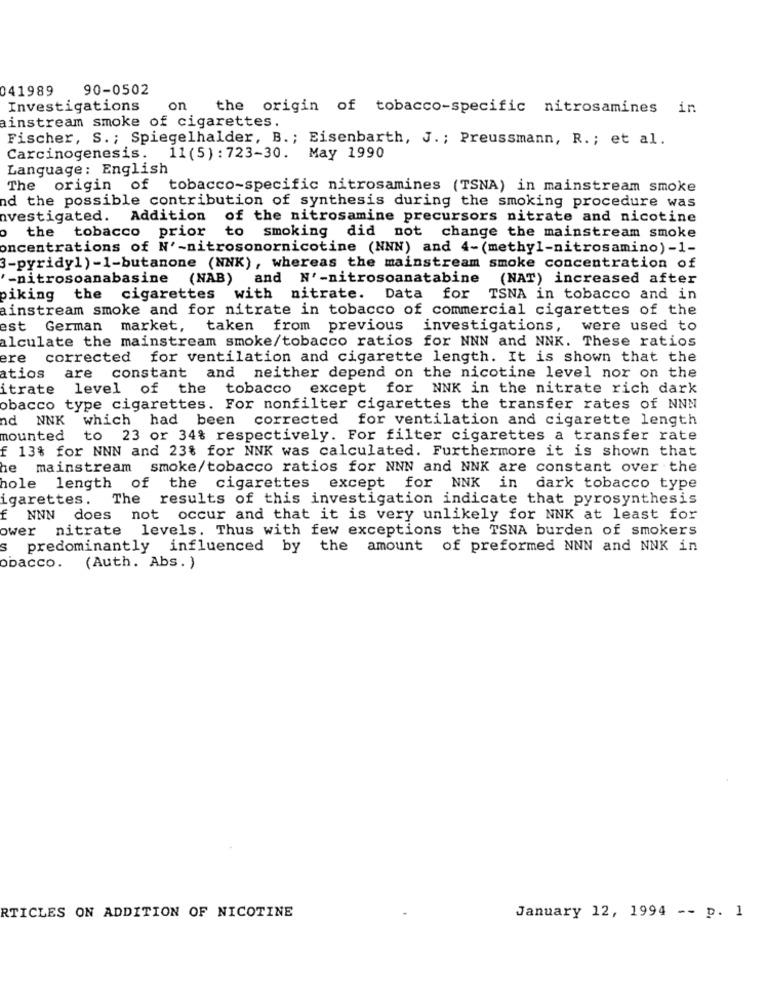
041989
90-0502
Investigations
on
the origin of tobacco-specific nitrosamines in
ainstream smoke of cigarettes.
Fischer, S .; Spiegelhalder, B .; Eisenbarth, J. ; Preussmann, R. ; et al.
Carcinogenesis. 11(5): 723-30. May 1990
Language: English
The origin of
tobacco-specific nitrosamines (TSNA) in mainstream smoke
nd the possible contribution of synthesis during the smoking procedure was
nvestigated. Addition of the nitrosamine precursors nitrate and nicotine
o the tobacco prior to smoking did not change the mainstream smoke
oncentrations of N'-nitrosonornicotine (NNN) and 4-(methyl-nitrosamino) -1-
3-pyridy1) -1-butanone (NNK), whereas the mainstream smoke concentration of
'-nitrosoanabasine (NAB) and N'-nitrosoanatabine (NAT) increased after
piking the cigarettes with nitrate. Data for TSNA in tobacco and in
ainstream smoke and for nitrate in tobacco of commercial cigarettes of the
est German market, taken from previous investigations,
were used to
alculate the mainstream smoke/tobacco ratios for NNN and NNK. These ratios
ere
corrected for ventilation and cigarette length. It is shown that the
atios
are constant and neither depend on the nicotine level nor on the
itrate
level of the tobacco except for NNK in the nitrate rich dark
obacco type cigarettes. For nonfilter cigarettes the transfer rates of NNN
ad NNK which had been corrected for ventilation and cigarette length
mounted
to 23 or 34% respectively. For filter cigarettes a transfer rate
f 13% for NNN and 23% for NNK was calculated. Furthermore it is shown that
e mainstream smoke/tobacco ratios for NNN and NNK are constant over the
hole length of the cigarettes except for NNK in dark tobacco type
igarettes. The results of this investigation indicate that pyrosynthesis
f NNN does not occur and that it is very unlikely for NNK at least for
ower nitrate levels. Thus with few exceptions the TSNA burden of smokers
S
predominantly influenced by the amount of preformed NNN and NNK in
obacco. (Auth. Abs. )
RTICLES ON ADDITION OF NICOTINE
January 12, 1994 -- p. 1